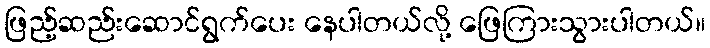
ဖြည့်ဆည်းဆောင်ရွက်ပေး နေပါတယ်လို့ ဖြေကြားသွားပါတယ်။